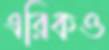
এরিকও